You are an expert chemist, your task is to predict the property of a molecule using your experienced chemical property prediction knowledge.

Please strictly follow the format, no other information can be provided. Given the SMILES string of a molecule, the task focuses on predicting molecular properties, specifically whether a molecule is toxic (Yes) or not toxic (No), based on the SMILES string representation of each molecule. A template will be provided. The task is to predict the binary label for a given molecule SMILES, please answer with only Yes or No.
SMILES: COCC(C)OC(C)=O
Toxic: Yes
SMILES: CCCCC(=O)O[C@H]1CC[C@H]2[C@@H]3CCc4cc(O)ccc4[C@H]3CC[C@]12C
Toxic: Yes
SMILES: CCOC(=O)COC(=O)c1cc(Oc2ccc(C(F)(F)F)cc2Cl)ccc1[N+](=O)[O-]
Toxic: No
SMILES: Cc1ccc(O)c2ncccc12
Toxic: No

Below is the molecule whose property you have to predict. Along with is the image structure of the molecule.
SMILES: Oc1c(Cl)ccc(Cl)c1Cl
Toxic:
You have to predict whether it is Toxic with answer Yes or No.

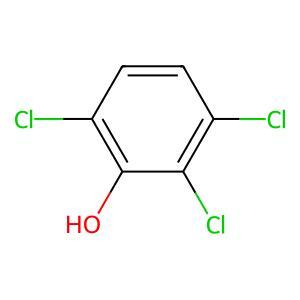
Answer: No